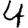
Digit: 4